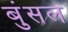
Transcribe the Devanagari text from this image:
बुंसल